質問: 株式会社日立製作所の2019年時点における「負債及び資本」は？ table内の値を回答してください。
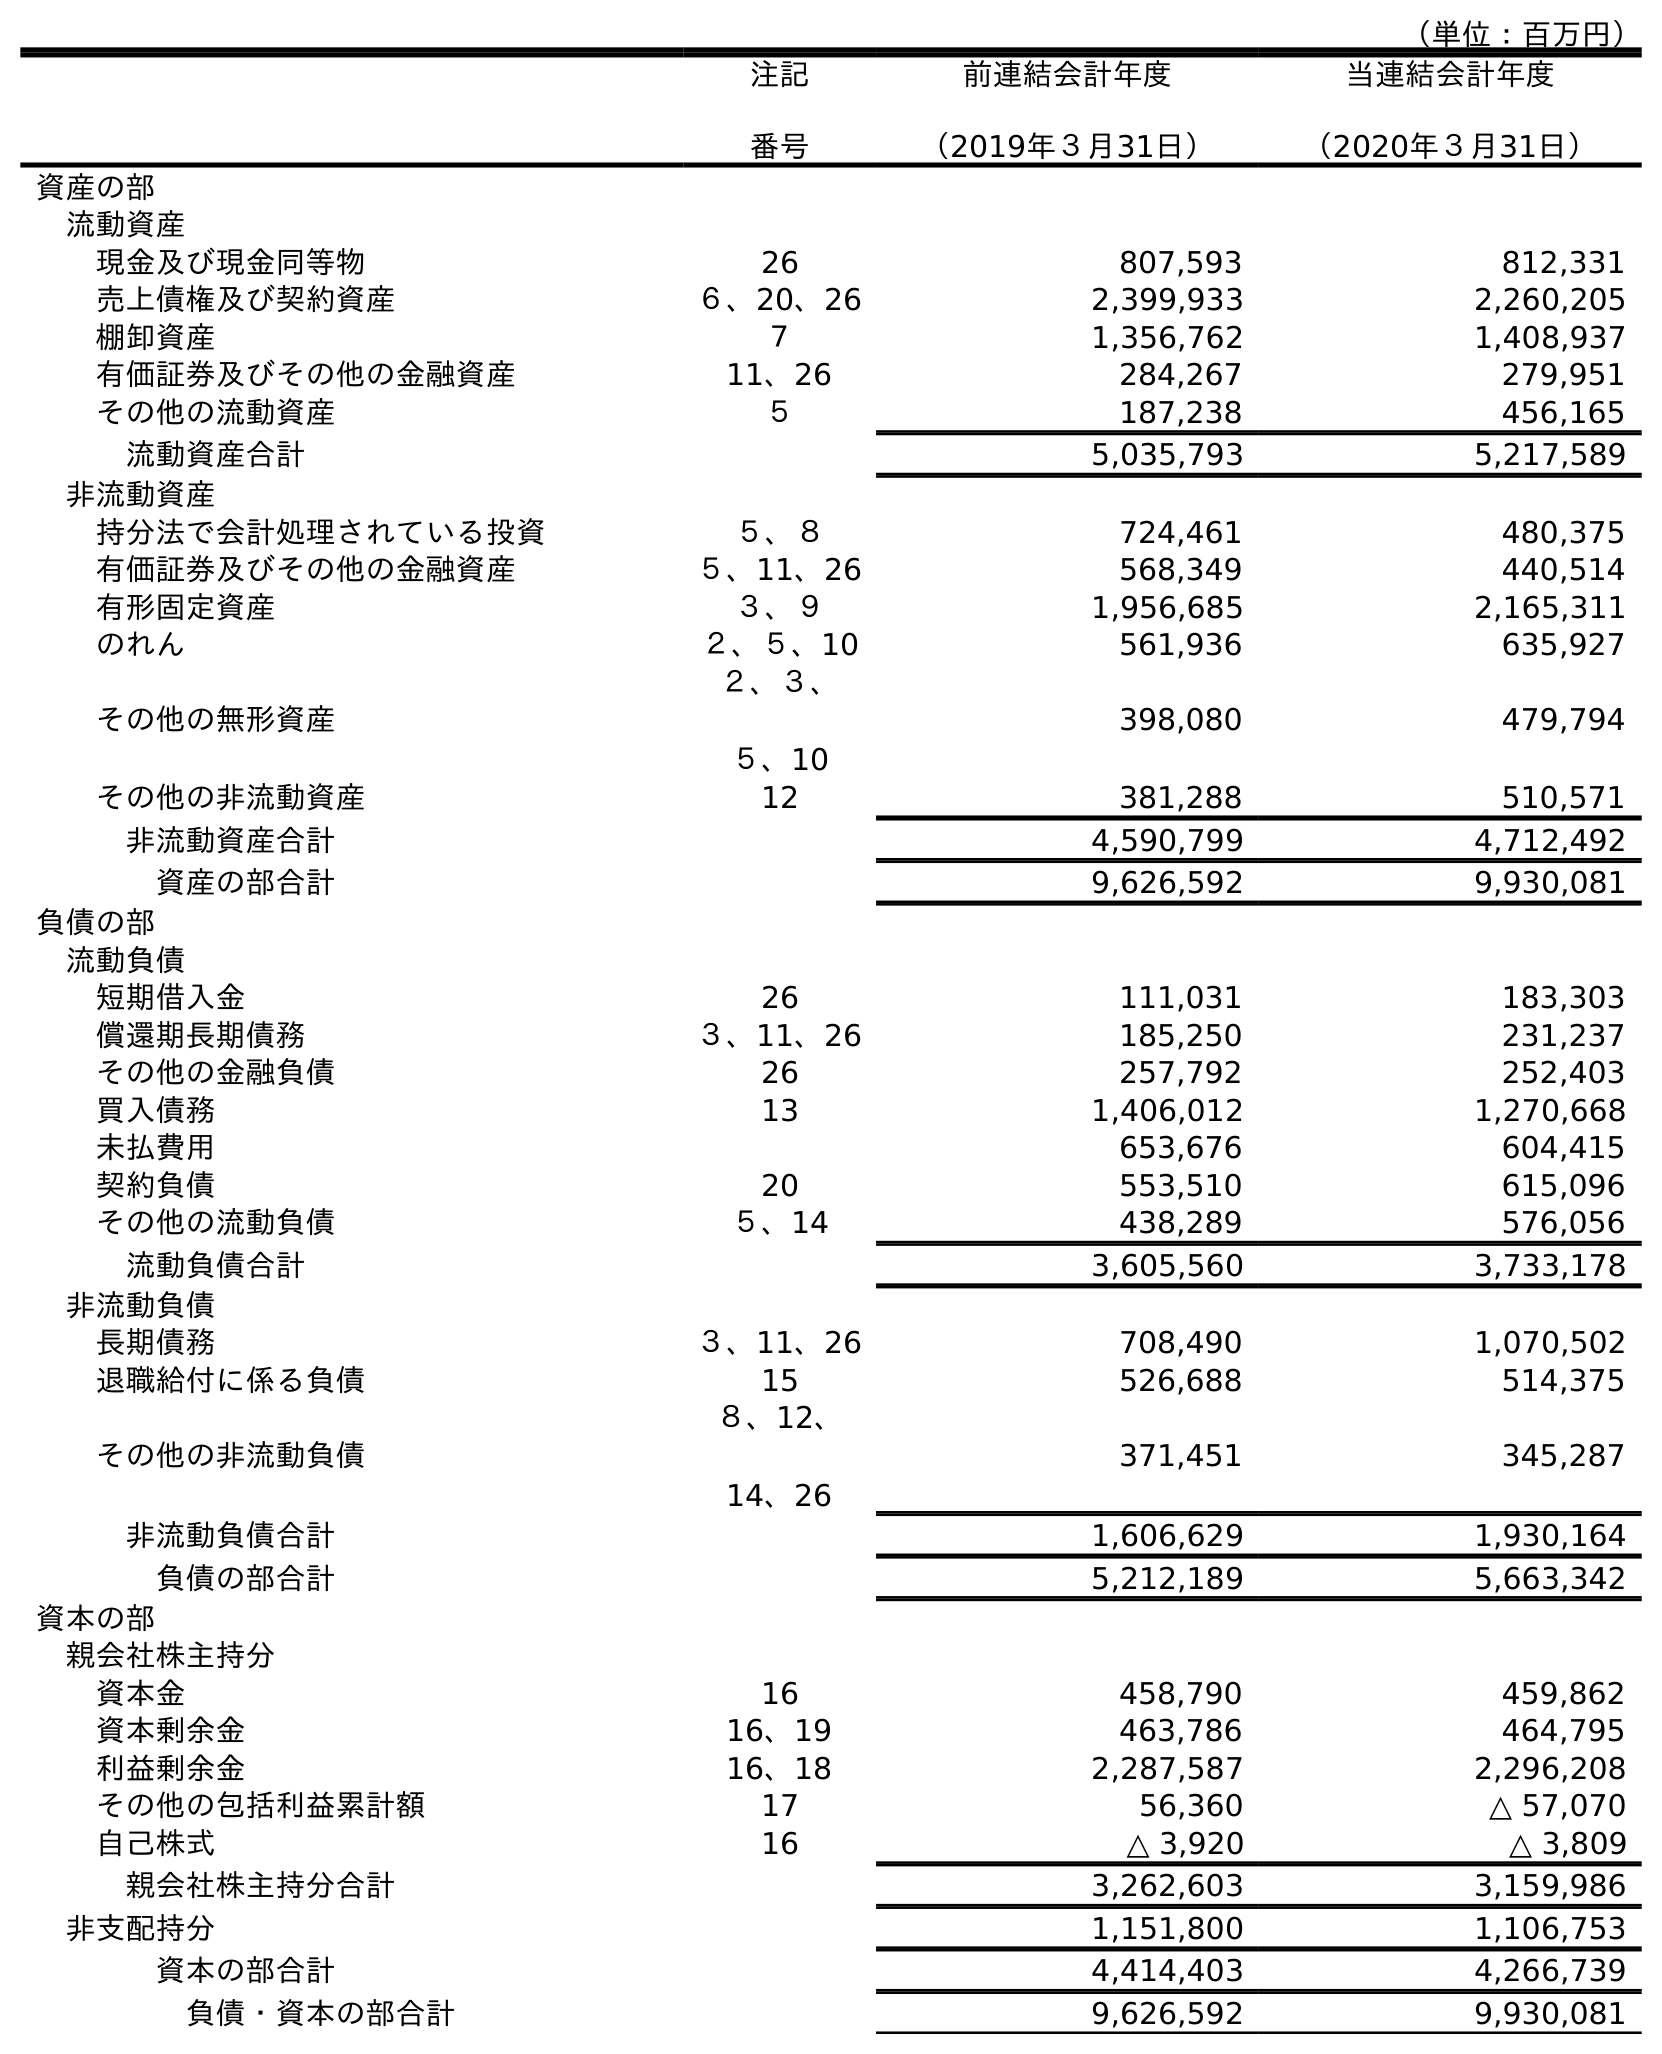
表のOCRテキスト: （単位：百万円） 注記 番号 前連結会計年度 （2019年３月31日） 当連結会計年度 （2020年３月31日） 資産の部 流動資産 現金及び現金同等物 26 807,593 812,331 売上債権及び契約資産 ６、20、26 2,399,933 2,260,205 棚卸資産 ７ 1,356,762 1,408,937 有価証券及びその他の金融資産 11、26 284,267 279,951 その他の流動資産 ５ 187,238 456,165 流動資産合計 5,035,793 5,217,589 非流動資産 持分法で会計処理されている投資 ５、８ 724,461 480,375 有価証券及びその他の金融資産 ５、11、26 568,349 440,514 有形固定資産 ３、９ 1,956,685 2,165,311 のれん ２、５、10 561,936 635,927 その他の無形資産 ２、３、 ５、10 398,080 479,794 その他の非流動資産 12 381,288 510,571 非流動資産合計 4,590,799 4,712,492 資産の部合計 9,626,592 9,930,081 負債の部 流動負債 短期借入金 26 111,031 183,303 償還期長期債務 ３、11、26 185,250 231,237 その他の金融負債 26 257,792 252,403 買入債務 13 1,406,012 1,270,668 未払費用 653,676 604,415 契約負債 20 553,510 615,096 その他の流動負債 ５、14 438,289 576,056 流動負債合計 3,605,560 3,733,178 非流動負債 長期債務 ３、11、26 708,490 1,070,502 退職給付に係る負債 15 526,688 514,375 その他の非流動負債 ８、12、 14、26 371,451 345,287 非流動負債合計 1,606,629 1,930,164 負債の部合計 5,212,189 5,663,342 資本の部 親会社株主持分 資本金 16 458,790 459,862 資本剰余金 16、19 463,786 464,795 利益剰余金 16、18 2,287,587 2,296,208 その他の包括利益累計額 17 56,360 △ 57,070 自己株式 16 △ 3,920 △ 3,809 親会社株主持分合計 3,262,603 3,159,986 非支配持分 1,151,800 1,106,753 資本の部合計 4,414,403 4,266,739 負債・資本の部合計 9,626,592 9,930,081
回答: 9,626,592